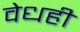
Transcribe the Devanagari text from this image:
वेधही